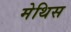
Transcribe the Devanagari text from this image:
मेथिस